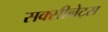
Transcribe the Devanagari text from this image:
सक्सीनेट्स